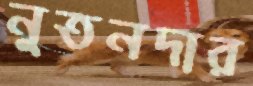
নুতনদার